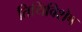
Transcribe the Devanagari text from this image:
तिथिविशेष